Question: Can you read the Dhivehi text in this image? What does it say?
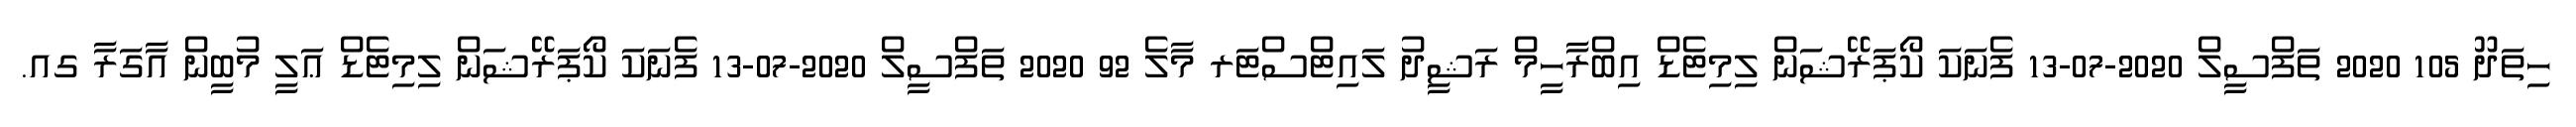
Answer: ހިތަދޫ 105 2020 ތަފްސީލް 2020-07-13 ފެނަކަ ކޯޕަރޭޝަން ލިމިޓެޑް އިބްރާހީމް ރަޝީދު ލައިޓްސްޓަރ މާލެ 92 2020 ތަފްސީލް 2020-07-13 ފެނަކަ ކޯޕަރޭޝަން ލިމިޓެޑް ޢަލީ މުބީން އާގަރާ ގއ.